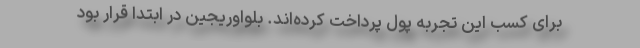
برای کسب این تجربه پول پرداخت کرده‌اند. بلواوریجین در ابتدا قرار بود